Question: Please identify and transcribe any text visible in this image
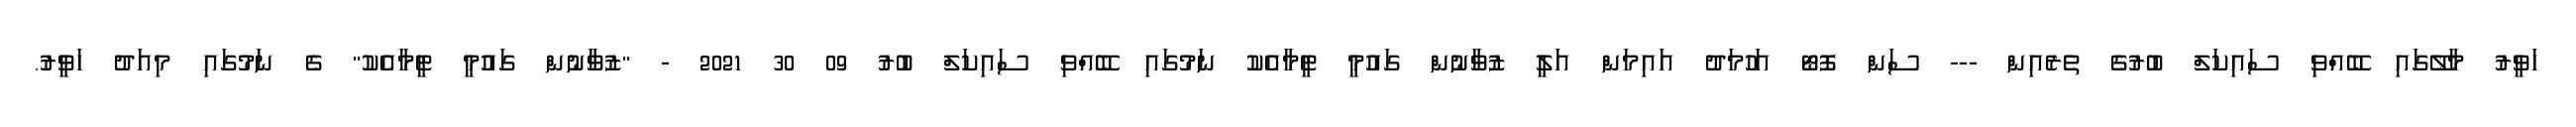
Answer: ހަވީރު މާލޭގައި ބޭއްވި ސައިކަލް ބުރުގެ ތެރެއިން --- ސަން ފޮޓޯ އަހުމަދު އައިމަން އަލީ ޒުވާނުން ގައުމީ ޓީމާއެކު ނަމުގައި ބޭއްވި ސައިކަލް ބުރު 09 30 2021 - "ޒުވާނުން ގައުމީ ޓީމާއެކު" ގެ ނަމުގައި މިއަދު ހަވީރު.